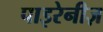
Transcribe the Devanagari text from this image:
पाइरेनीज़